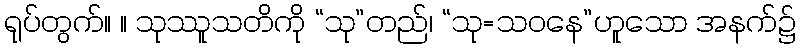
ရုပ်တွက်။ ။ သုဿူသတိကို “သု”တည်၊ “သု=သဝနေ”ဟူသော အနက်၌